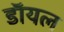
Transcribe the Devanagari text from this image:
डाॅयल